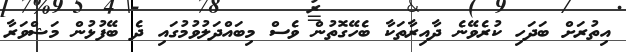
އިތުރަށް ބަދަހި ކުރެވޭނެ ދާއިރާތަކާ ބެހޭގޮތުން ވެސް މިބައްދަލުވުމުގައި ދެ ބޭފުޅުން މަޝްވަރާ